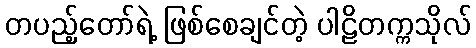
တပည့်တော်ရဲ့ ဖြစ်စေချင်တဲ့ ပါဠိတက္ကသိုလ်